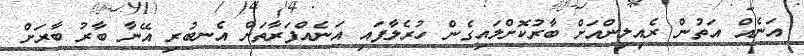
އަނެއް އަތުން ރެއިލިންއަށް ބާރުކޮށްލައިގެން ހުރެލާފައި އަނެއްފަރާތަށް އެނބުރި އޭނާ ބާރު ބާރަށް